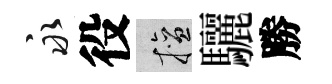
永役擅驪勝